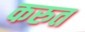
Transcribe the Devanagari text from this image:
करुत